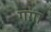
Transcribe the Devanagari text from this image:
ग॓गा